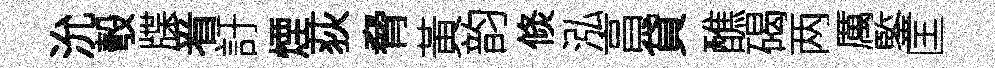
沇彀牒㸔訏煙荻脅黃韵倐泓亯貸醮碣两厲鍳匡